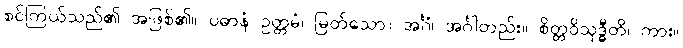
စင်ကြယ်သည်၏ အဖြစ်၏။ ပဓာနံ ဥတ္တမံ၊ မြတ်သော။ အင်္ဂံ၊ အင်္ဂါတည်း။ စိတ္တဝိသုဒ္ဓီတိ၊ ကား။